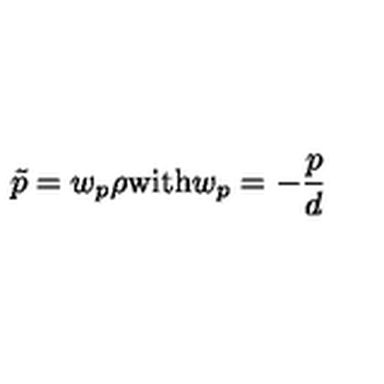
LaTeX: \tilde { p } = w _ { p } \rho \mathrm { w i t h } w _ { p } = - { \frac { p } { d } }